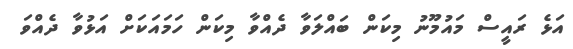
އަޅެ ރައީސް މައުމޫނު މިކަން ބައްލަވާ ދެއްވާ މިކަން ހަމައަކަށް އަޅުވާ ދެއްވަ